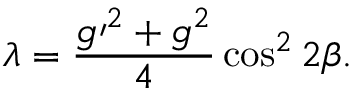
\lambda = \frac { g \prime ^ { 2 } + g ^ { 2 } } { 4 } \cos ^ { 2 } 2 \beta .